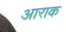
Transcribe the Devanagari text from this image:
आराक